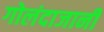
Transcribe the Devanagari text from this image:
गोलंदाजानी